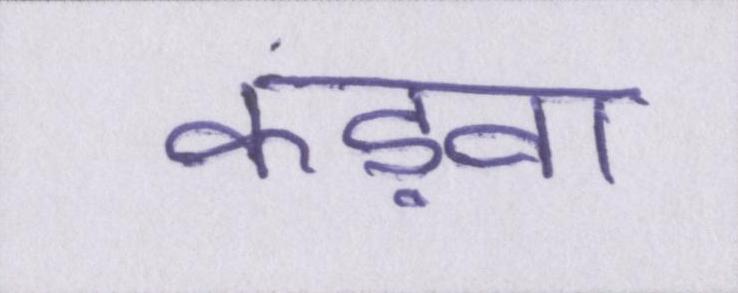
कड़वा